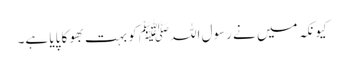
کیونکہ میں نے رسول اللہﷺ کو بہت بھوکا پایا ہے۔